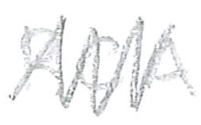
Text: RCA
Cross-out: zig-zag
Writing tool: pencil